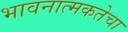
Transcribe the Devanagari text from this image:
भावनात्मकतेचा